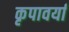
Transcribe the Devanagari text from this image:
कृपावर्या